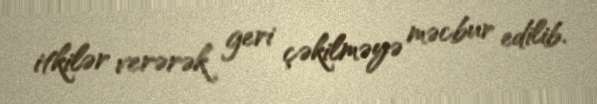
itkilər verərək geri çəkilməyə məcbur edilib.